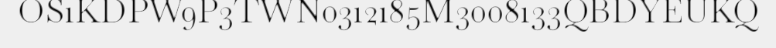
OS1KDPW9P3TWN0312185M3008133QBDYEUKQ